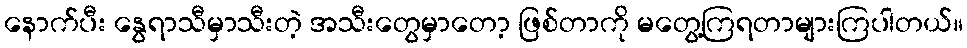
နောက်ပီး နွေရာသီမှာသီးတဲ့ အသီးတွေမှာတော့ ဖြစ်တာကို မတွေ့ကြရတာများကြပါတယ်။